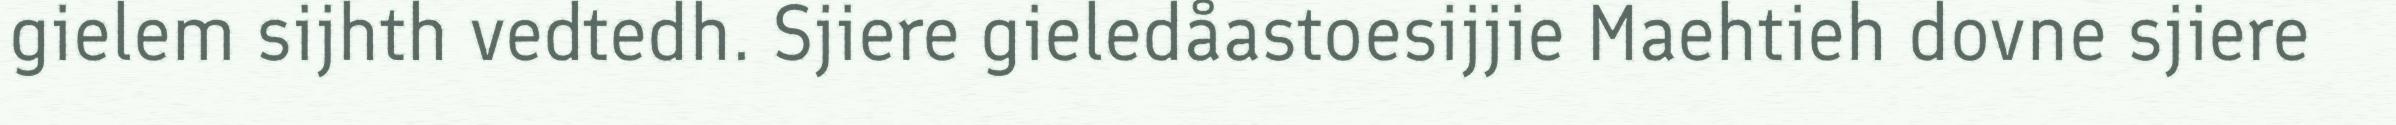
gielem sijhth vedtedh. Sjiere gieledåastoesijjie Maehtieh dovne sjiere